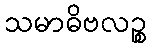
သမာဓိဗလဉ္စ